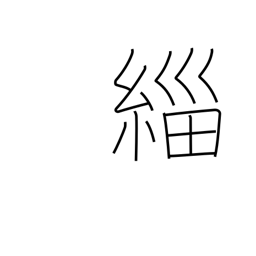
Meaning: black clothing